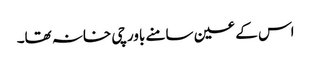
اس کے عین سامنے باورچی خانہ تھا۔